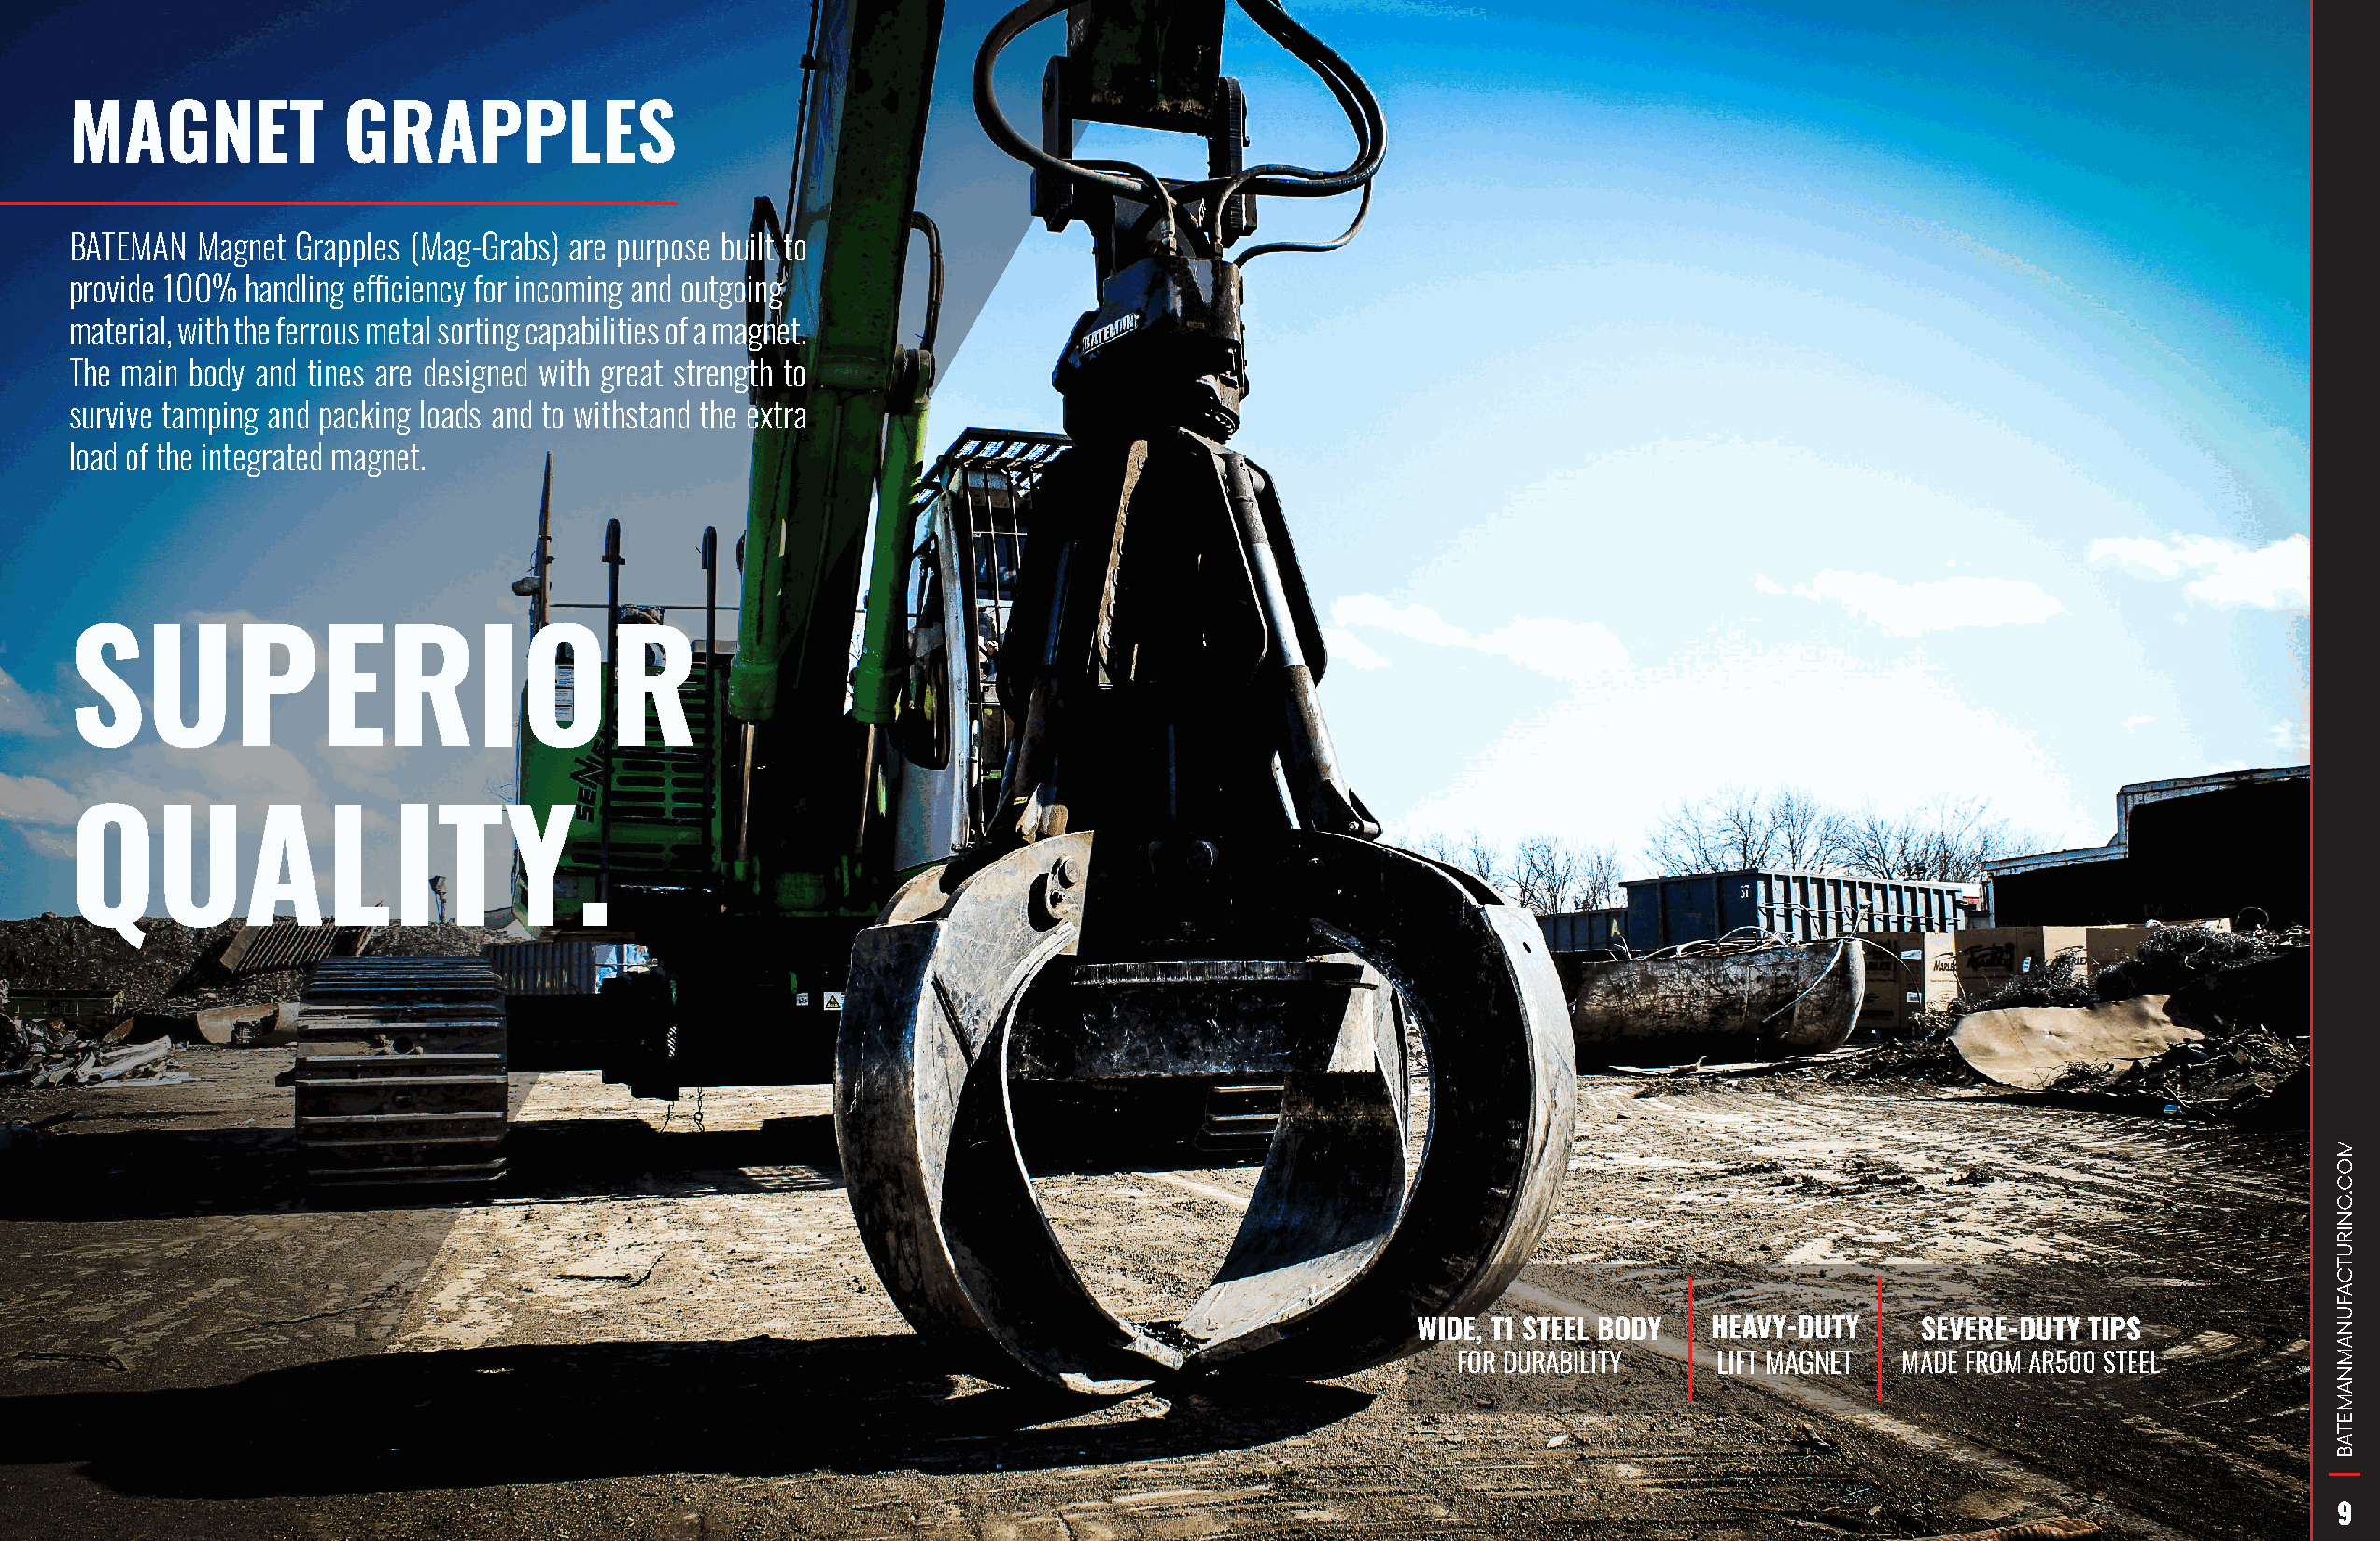
MAGNET             GRAPPLES
 BATEMAN  Magnet Grapples (Mag-Grabs) are purpose built to
 provide 100% handling efficiency for incoming and outgoing
 material, with the ferrous metal sorting capabilities of a magnet.
 The main body and tines are designed with great strength to
 survive tamping and packing loads and to withstand the extra
 load of the integrated magnet.
 SUPERIOR
 QUALITY.
 WIDE, T1 STEEL BODY  HEAVY-DUTY     SEVERE-DUTY TIPS
 FOR DURABILITY     LIFT MAGNET  MADE FROM AR500 STEEL
 9
 MOC.GNIRUTCAFUNAMNAMETAB